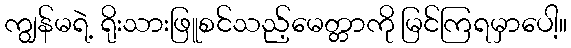
ကျွန်မရဲ့ ရိုးသားဖြူစင်သည့်မေတ္တာကို မြင်ကြရမှာပေါ့။